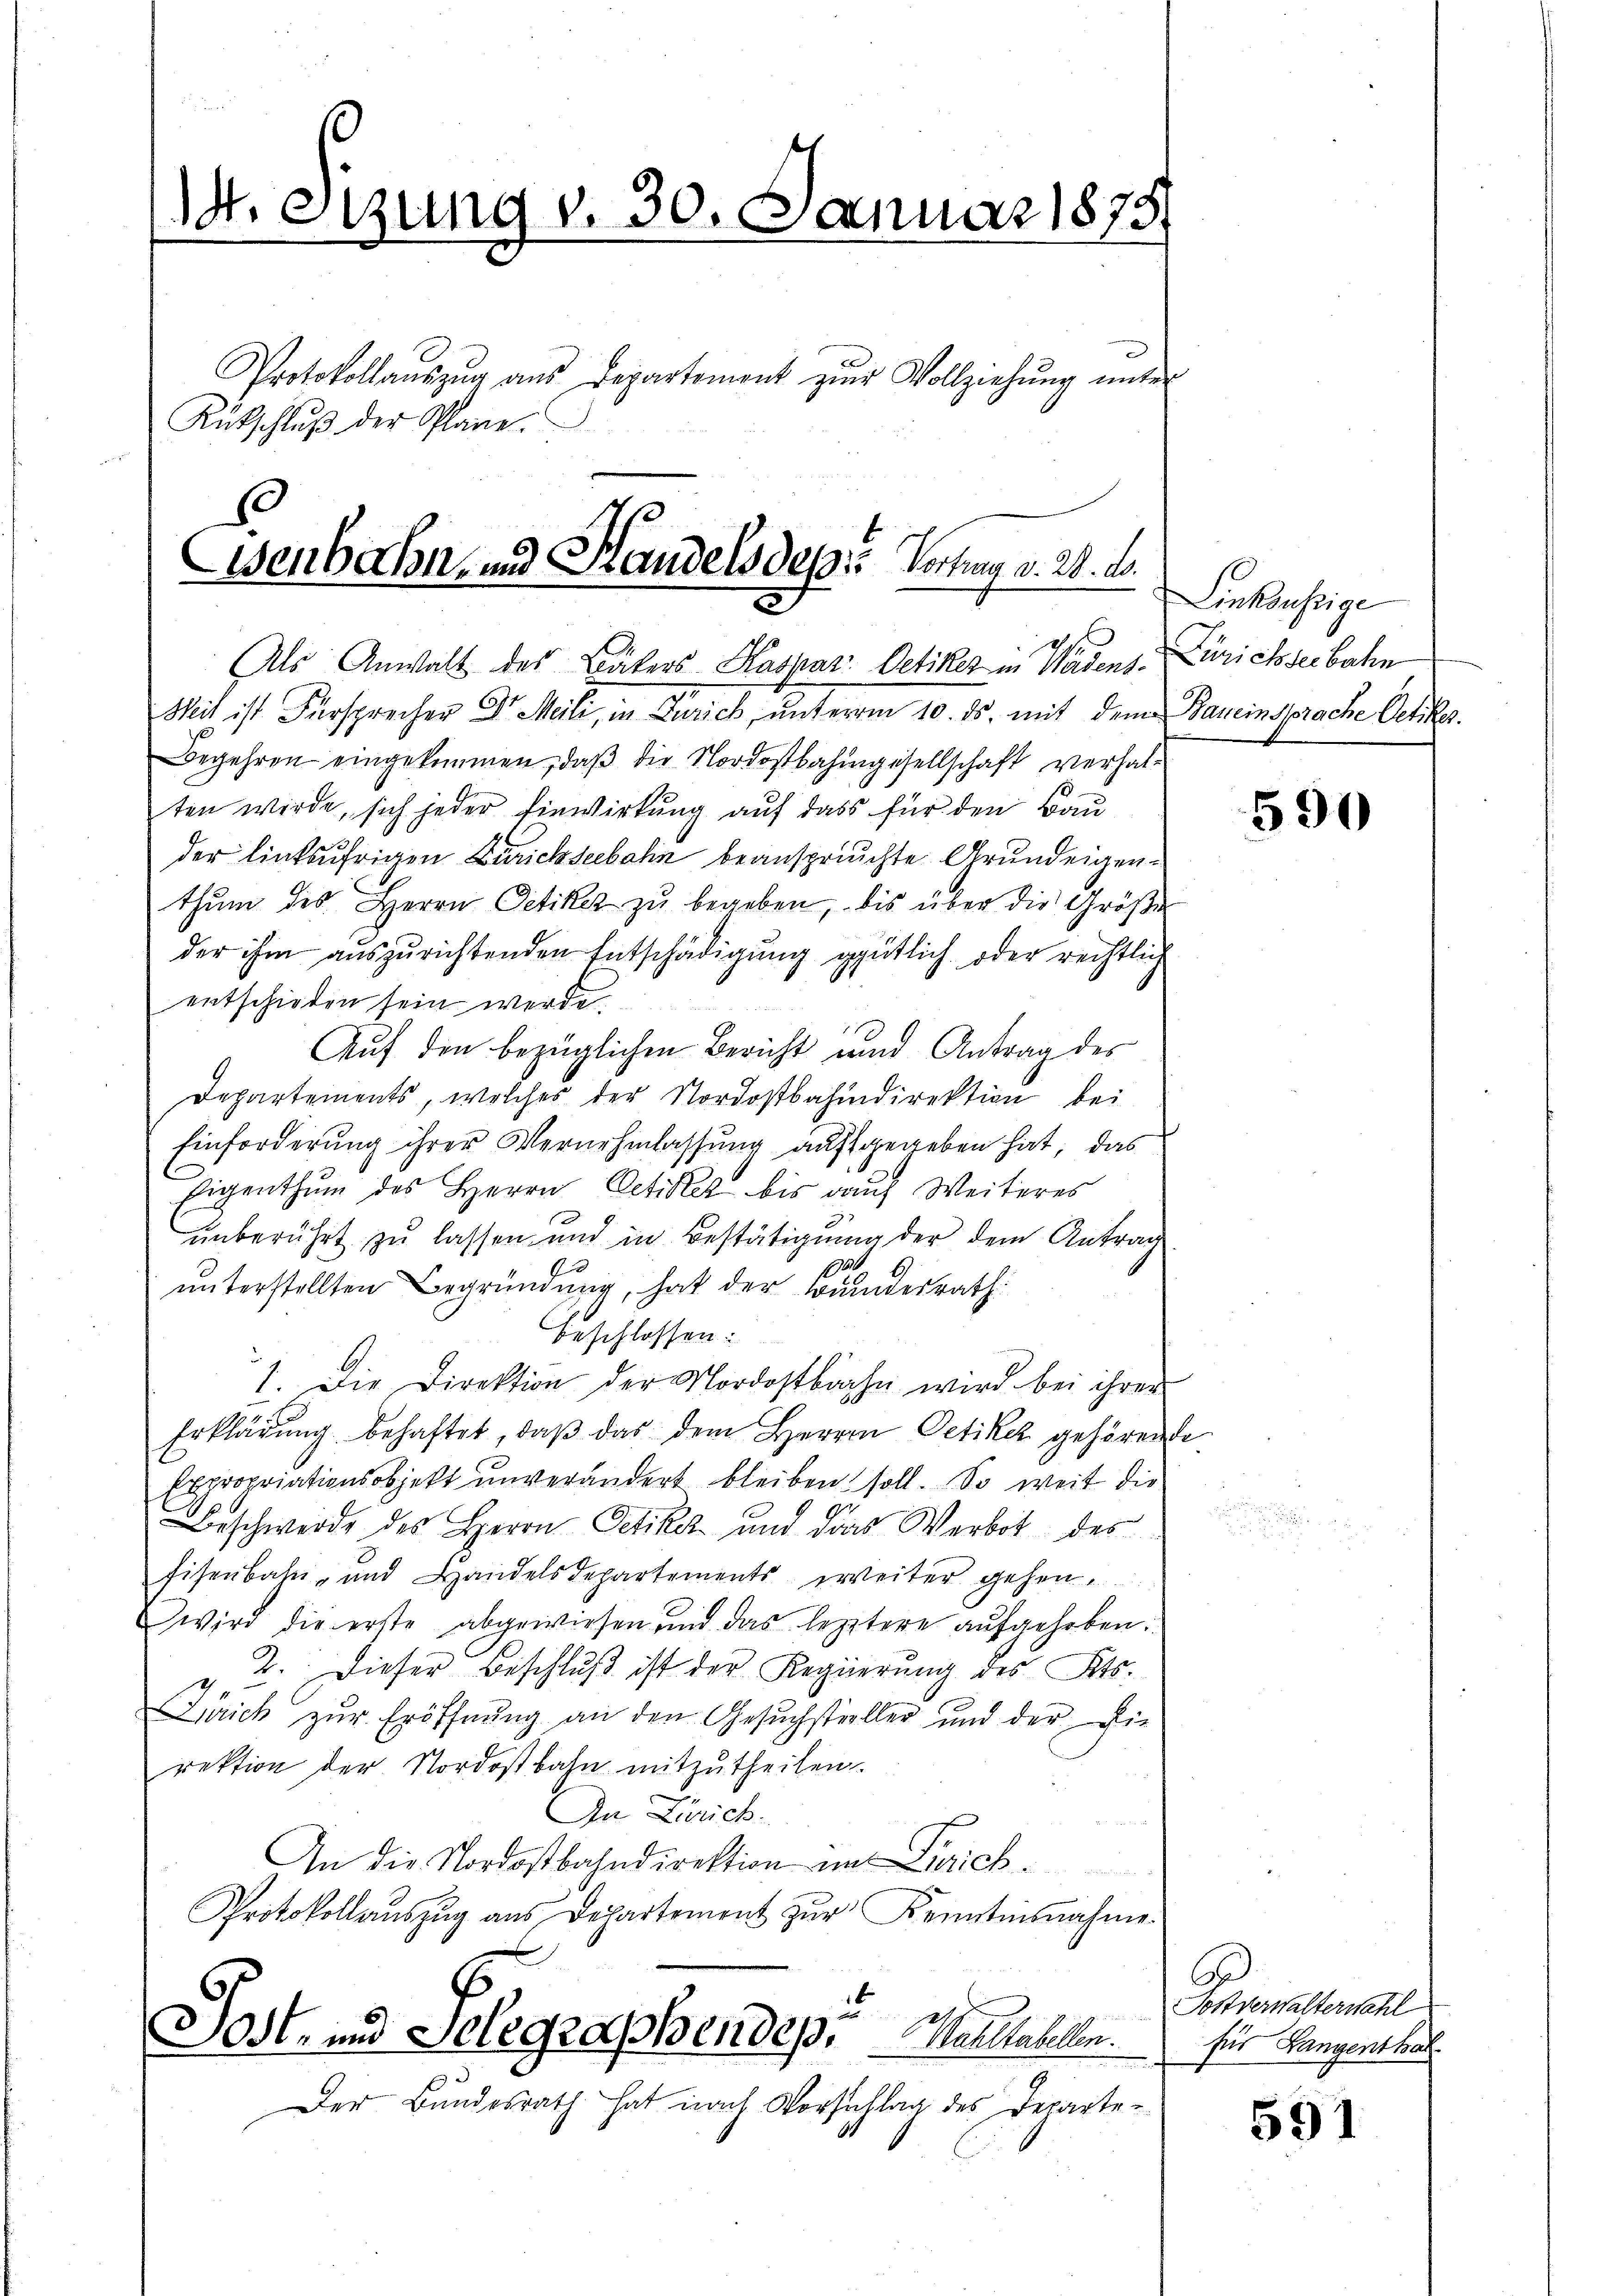
14. eizung v. 30. Januar 1878

Protokollaŭszŭg aŭs Departement zŭr Vollziehŭng ŭnter
Rükschlŭβ der Plane.

Eisenbahn, und Handelsdep: Vertrag v. 28. ds.
Als Anwalt des Bäkers Kaspar Oetiker in Wädens Zürichseebahn

Mit ist Fürsprecher Dr. Mili, in Zürich, unterem 10. ds. mit dem Baueinsprache Oetiker.
Begehren eingekommen, daß die Nordostbahngesellschaft verhalten werde, sich jeder Einwirkung auf dass für den Bau
der linksufrigen Zürichseebahn beanspruchte Grundeigenthŭm des Herrn Oetiker zŭ begeben, bis über die Größe
der ihm auszurichtenden Entschädigung gütlich oder rechtlich
entschieden sein werde.
Auf den bezüglichen Bericht und Antrag des
Departements, welches der Nordostbahndirektion bei
Einforderung ihrer Vernehmlassung aufsgegeben hat, das
Eigenthum des Herrn Oetikel bis dans Weiteres
unberührt zu lassen und in Bestätigung der dem Antrag
E
unterstellten Begründung, hat der wundesrath
beschlossen:
1. Die Direktion der Nordostbahn wird bei ihrer
Erklärung behaftet, daß das dem Herren Oetikel gehörende
Expropriationsobjekt unverändert bleiben soll. So weit die
Beschwerde des Herrn Oetiker und das Werbot des
Eisenbahn- und Handelsdepartements erweiter gehen.
Wwird die erste abgewiesen und das letztere aufgehoben.
2. Dieser Beschluß ist der Regierung des Kts.
Zürich zur Eröffnung an den Gesuchsteller und der die
rektion der Nordostbahn mitzutheilen.
In Zürich.
An die Nordostbahndirektion im Zürich¬
u
Protokollaŭszŭg aŭs Departement zŭr Kenntnisnahme.
Post- und Telegraphendep. Maitabellen.
Der Bundesrath hat nach Vorsichlag des Departe¬

Linksufrige

590

A
Postverwalterwahl
für Langenthal

591